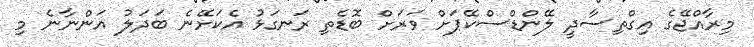
މިރާއްޖޭގެ އިގްތިސާދީ ލޭންޑްސްކޭޕަށް ވަރަށް ބޮޑެތި ރަނގަޅު އެކަށޭނެ ބަދަލު އަންނާނެ މި